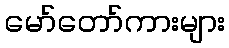
မော်တော်ကားများ